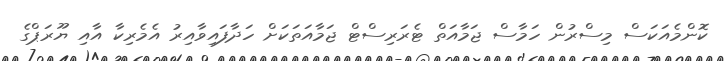
ކޮންމެއަކަސް މިސްރުން ހަމާސް ޖަމާއަތް ޓެރަރިސްޓް ޖަމާއަތަކަށް ހަދާފައިވާއިރު އެމެރިކާ އާއި ޔޫރަޕްގެ